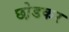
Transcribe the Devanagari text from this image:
छो़डकर